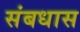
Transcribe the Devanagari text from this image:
संबधास